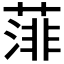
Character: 𦸪